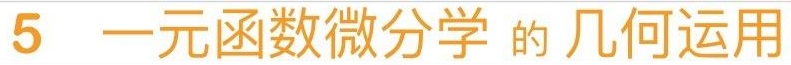
5 一元函数微分学 的 几何运用